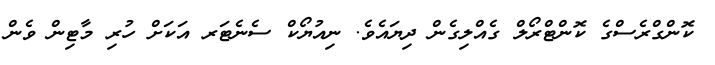
ކޮންގްރެސްގެ ކޮންޓްރޯލް ގެއްލިގެން ދިޔައެވެ. ނިއުޔޯކް ސެނެޓަރ އަކަށް ހުރި މާޓިން ވެން